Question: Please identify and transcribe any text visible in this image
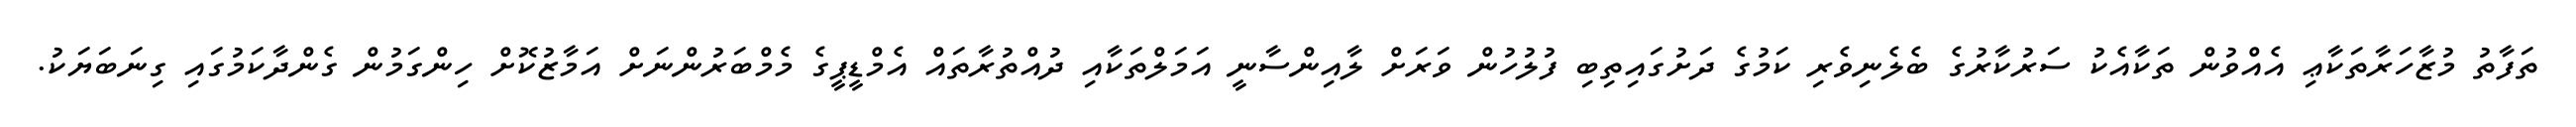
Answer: ތަފާތު މުޒާހަރާތަކާޢި އެއްވުން ތަކާއެކު ސަރުކާރުގެ ބެލެނިވެރި ކަމުގެ ދަށުގައިތިބި ފުލުހުން ވަރަށް ލާއިންސާނީ އަމަލްތަކާއި ދުއްތުރާތައް އެމްޑީޕީގެ މެމްބަރުންނަށް އަމާޒުކޮށް ހިންގަމުން ގެންދާކަމުގައި ގިނަބަޔަކު.